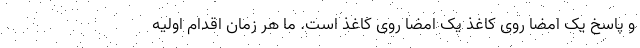
و پاسخ یک امضا روی کاغذ یک امضا روی کاغذ است. ما هر زمان اقدام اولیه